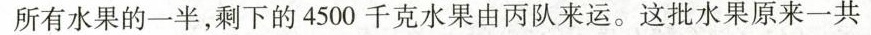
所有水果的一半，剩下的4500千克水果由丙队来运。这批水果原来一共